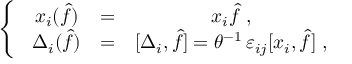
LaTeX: \left\{ ~ \begin{array} { c c c } { { x _ { i } ( \hat { f } ) } } & { { = } } & { { x _ { i } { \hat { f } } ~ , \nonumber } } \\ { { \Delta _ { i } ( { \hat { f } } ) } } & { { = } } & { { [ \Delta _ { i } , { \hat { f } } ] = \theta ^ { - 1 } \, \varepsilon _ { i j } [ x _ { i } , { \hat { f } } ] ~ , } } \end{array} \right.